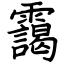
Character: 靄